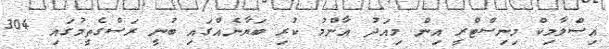
އިސްލާމިކް މިނިސްޓްރީ އިން މިއަދު އާންމު ކުރި ބަޔާނެއްގައި ބުނީ ރަސްގެތީމުގައި 304